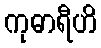
ကုဓာရီဟိ